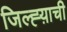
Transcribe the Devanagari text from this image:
जिल्ह्य़ाची